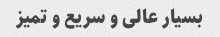
بسیار عالی و سریع و تمیز